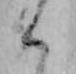
ん